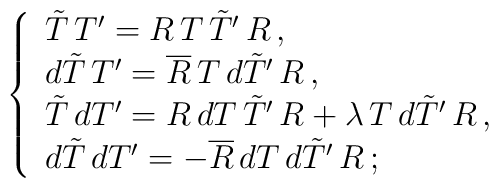
\left\{ \begin{array}{l}\tilde{T}\,T'=R\,T\,\tilde{T}'\,R\,, \\d\tilde{T}\,T'=\overline{R}\,T\,d\tilde{T}'\,R\,, \\\tilde{T}\,dT'=R\,dT\,\tilde{T}'\,R+\lambda\,T\,d\tilde{T}'\,R\,, \\d\tilde{T}\,dT'=-\overline{R}\,dT\,d\tilde{T}'\,R\,;\end{array} \right.